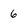
Character: 6